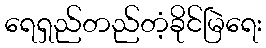
ရေရှည်တည်တံ့ခိုင်မြဲရေး